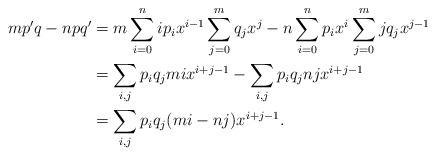
LaTeX: \begin{align*}mp'q-npq' & = m \sum_{i=0}^n i p_i x^{i-1} \sum_{j=0}^m q_j x^j - n\sum_{i=0}^n p_i x^i \sum_{j=0}^m j q_j x^{j-1}\\& = \sum_{i,j} p_i q_j mi x^{i+j-1} - \sum_{i,j} p_i q_j nj x^{i+j-1}\\&= \sum_{i,j} p_i q_j (mi-nj) x^{i+j-1}.\end{align*}